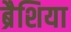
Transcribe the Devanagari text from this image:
ब्रैशिया